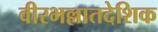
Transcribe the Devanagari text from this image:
वीरभल्लातदेशिक